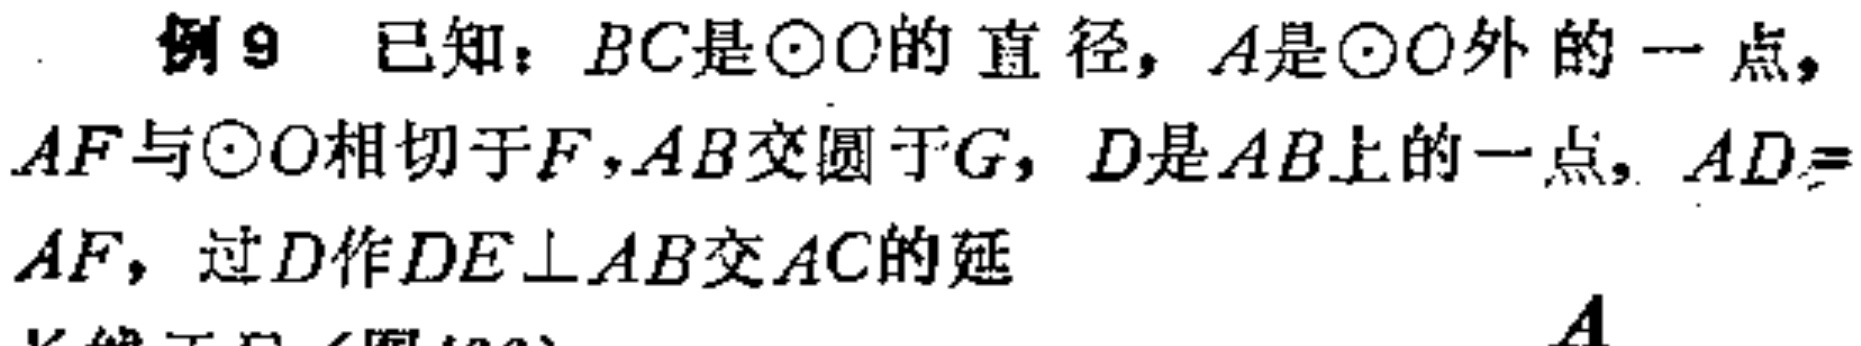
例9 已知：$BC$是$\odot O$的直径，$A$是$\odot O$外的一点，$AF$与$\odot O$相切于$F$，$AB$交圆于$G$，$D$是$AB$上的一点，$AD = AF$，过$D$作$DE\perp AB$交$AC$的延